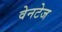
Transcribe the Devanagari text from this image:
वेनटेज